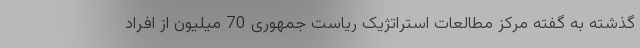
گذشته به گفته مرکز مطالعات استراتژیک ریاست جمهوری 70 میلیون از افراد